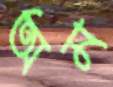
অম